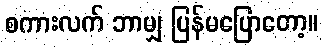
စကားလက် ဘာမျှ ပြန်မပြောတော့။